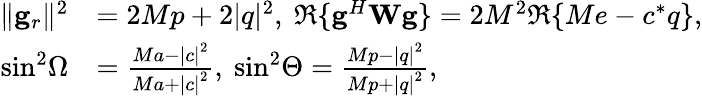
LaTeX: \begin{array}{rl}{{\| {{{\mathbf{g}}_{r}}}\| ^{2}}}&{=2Mp+2{|q|^{2}},~\Re\{ {{{\mathbf{g}}^{H}}{\mathbf{Wg}}}\} =2M^{2}\Re\{ Me-c^{*}q\} ,}\\ {{\sin^{2}}\Omega}&{=\frac{{Ma-{{|c|}^{2}}}}{{Ma+{{|c|}^{2}}}},~{\sin^{2}}\Theta=\frac{{Mp-{{|q|}^{2}}}}{{Mp+{{|q|}^{2}}}},}\end{array}